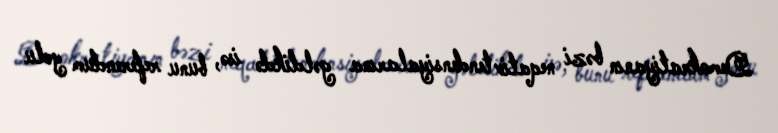
Demokratiyanın bəzi neqativ tendensiyalarına gəldikdə isə, bunu referendum yolu